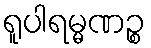
ရူပါရမ္မဏဉ္စ